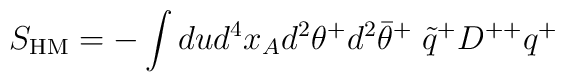
S_{\mbox{\scriptsize HM}} = -\int dud^4x_Ad^2\theta^+d^2\bar\theta^+\; \tilde q^{+}D^{++}q^+